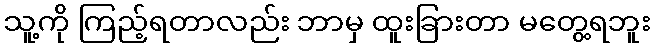
သူ့ကို ကြည့်ရတာလည်း ဘာမှ ထူးခြားတာ မတွေ့ရဘူး